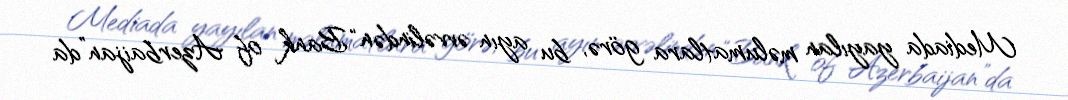
Mediada yayılan məlumatlara görə, bu ayın əvvəlindən “Bank of Azerbaijan”da